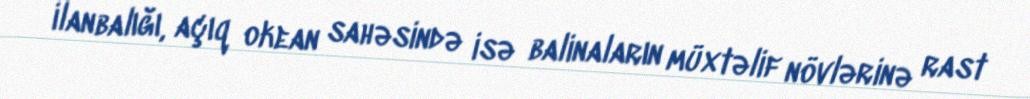
ilanbalığı, açıq okean sahəsində isə balinaların müxtəlif növlərinə rast